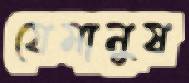
যেমানুষ